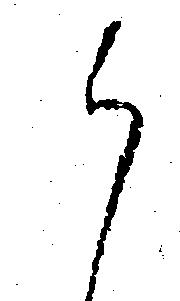
ら